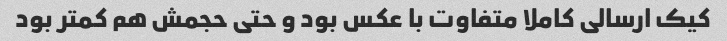
کیک ارسالی کاملا متفاوت با عکس بود و حتی حجمش هم کمتر بود